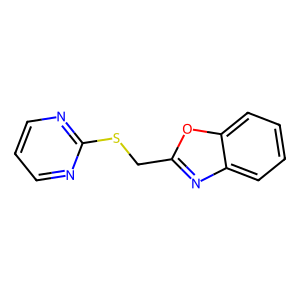
SMILES: c1cnc(SCc2nc3ccccc3o2)nc1
Inhibits HIV replication: Yes